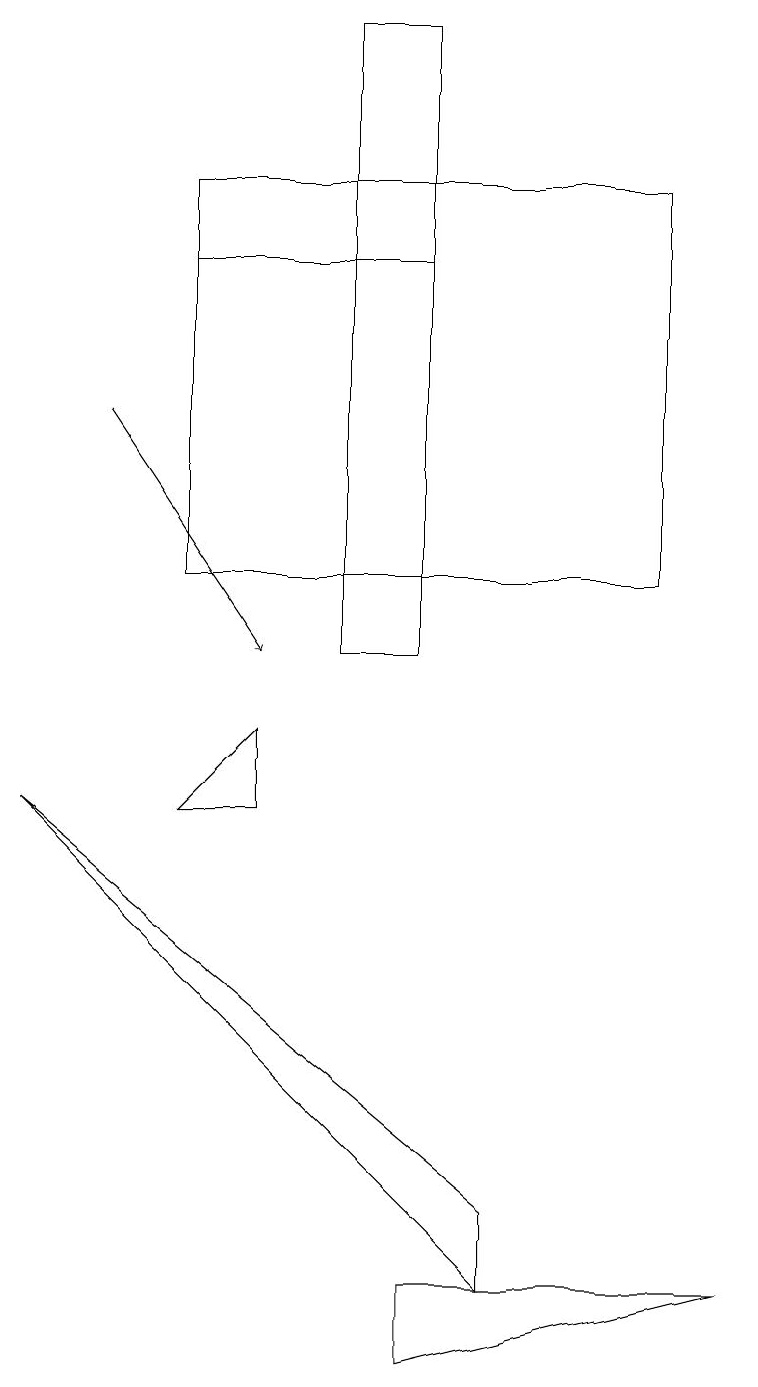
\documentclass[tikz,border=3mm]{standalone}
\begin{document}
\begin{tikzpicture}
\draw (6,2) -- (6,3) -- (0,8) -- cycle;
\draw (4,10) rectangle (5,18);
\draw[->] (1,13) -- (3,10);
\draw (5,15) rectangle (2,15);
\draw (8,11) rectangle (2,16);
\draw (5,1) -- (5,2) -- (9,2) -- cycle;
\draw (3,8) -- (2,8) -- (3,9) -- cycle;
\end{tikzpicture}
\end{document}